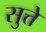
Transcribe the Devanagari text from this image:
सुत्ते